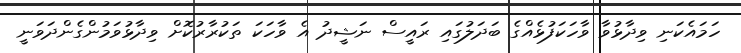
ހަމައެކަނިި ވިދާޅުވާ ވާހަކަފުޅެއްގެ ބަދަލުގައި ރައީސް ނަޝީދު އެ ވާހަކަ ތަކުރާރުކޮށް ވިދާޅުވަމުންގެންދަވަނީ